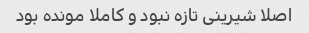
اصلا شیرینی تازه نبود و کاملا مونده بود